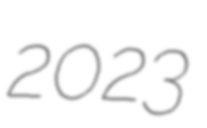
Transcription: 2023